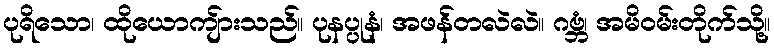
ပုရိသော၊ ထိုယောကျ်ားသည်။ ပုနပ္ပုနံ၊ အဖန်တလဲလဲ။ ဂဗ္ဘံ၊ အမိဝမ်းတိုက်သို့။